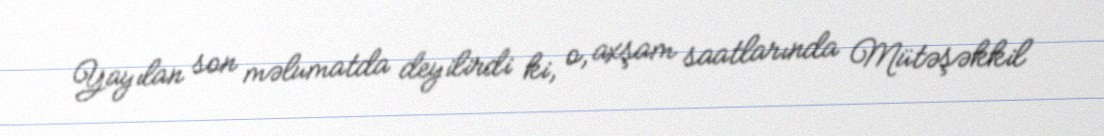
Yayılan son məlumatda deyilirdi ki, o, axşam saatlarında Mütəşəkkil